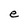
Character: e